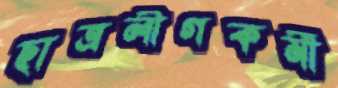
ছাত্রলীগকর্মী